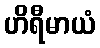
ဟိရီမာယံ